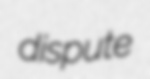
dispute